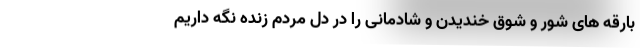
بارقه های شور و شوق خندیدن و شادمانی را در دل مردم زنده نگه داریم